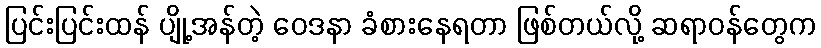
ပြင်းပြင်းထန် ပျို့အန်တဲ့ ဝေဒနာ ခံစားနေရတာ ဖြစ်တယ်လို့ ဆရာဝန်တွေက